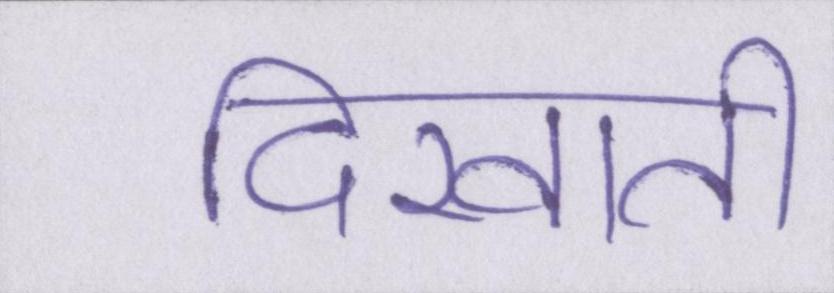
दिखाती